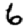
Digit: 6